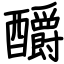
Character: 釂